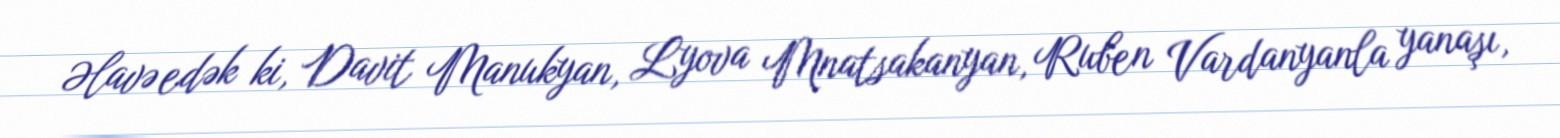
Əlavə edək ki, Davit Manukyan, Lyova Mnatsakanyan, Ruben Vardanyanla yanaşı,